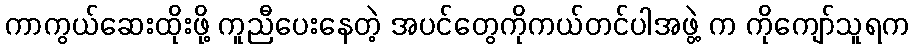
ကာကွယ်ဆေးထိုးဖို့ ကူညီပေးနေတဲ့ အပင်တွေကိုကယ်တင်ပါအဖွဲ့ က ကိုကျော်သူရက